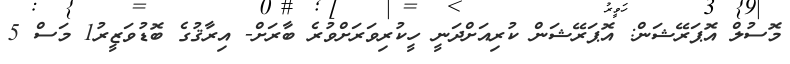
މޮސުލް އޮޕަރޭޝަން: އޮޕަރޭޝަން ކުރިއަށްދަނީ ހީކުރިވަރަށްވުރެ ބާރަށް- އިރާޤުގެ ބޮޑުވަޒީރު1 މަސް 5